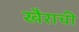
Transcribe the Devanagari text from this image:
खैराची